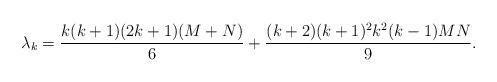
LaTeX: \begin{align*}\lambda_{k}=\frac{k(k+1)(2k+1)(M+N)}{6}+\frac{(k+2)(k+1)^{2}k^{2}(k-1)MN}{9}.\end{align*}